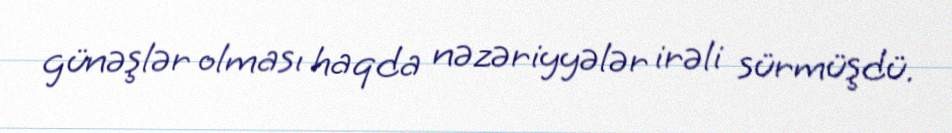
günəşlər olması haqda nəzəriyyələr irəli sürmüşdü.